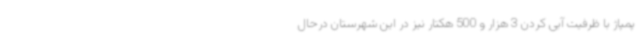
پمپاژ با ظرفیت آبی کردن 3 هزار و 500 هکتار نیز در این شهرستان درحال